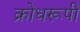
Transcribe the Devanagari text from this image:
क्रोधरूपी